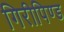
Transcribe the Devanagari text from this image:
गिरीपिण्ड